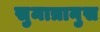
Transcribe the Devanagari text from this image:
सुमात्रानुस